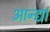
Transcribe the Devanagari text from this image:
आन्द्यां